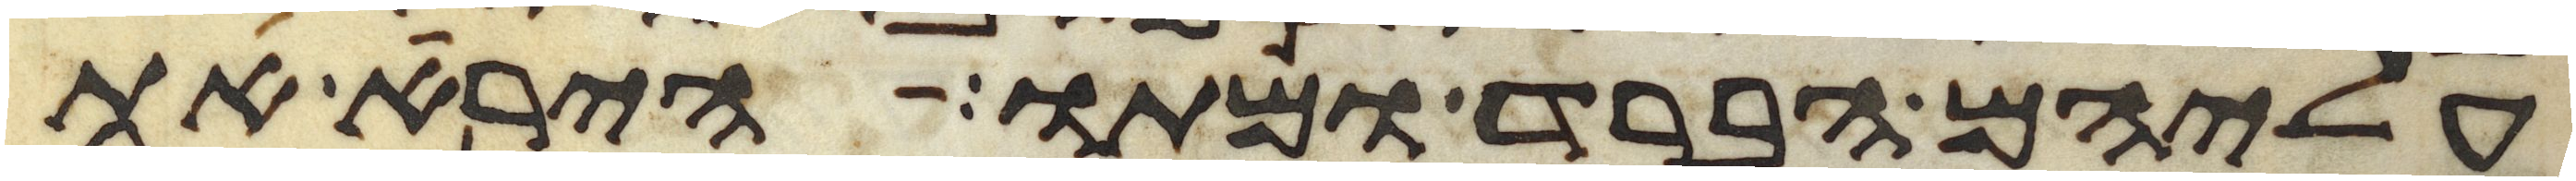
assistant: עליהם הברד ומתו הירא את